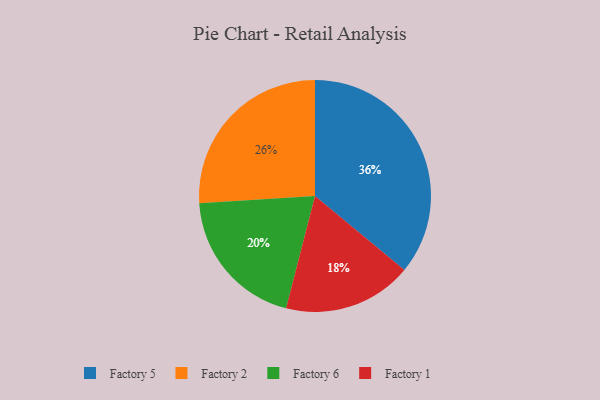
{"axis": {"x": "Category", "y": "Percentage"}, "legend": ["Factory 1", "Factory 2", "Factory 5", "Factory 6"], "data": [{"x": "Factory 2", "y": 26, "type": "Factory 2"}, {"x": "Factory 1", "y": 18, "type": "Factory 1"}, {"x": "Factory 5", "y": 36, "type": "Factory 5"}, {"x": "Factory 6", "y": 20, "type": "Factory 6"}]}